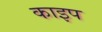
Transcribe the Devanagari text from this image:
काइप